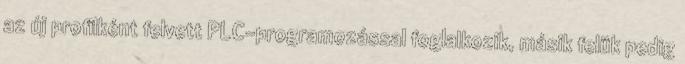
az új profilként felvett PLC-programozással foglalkozik, másik felük pedig